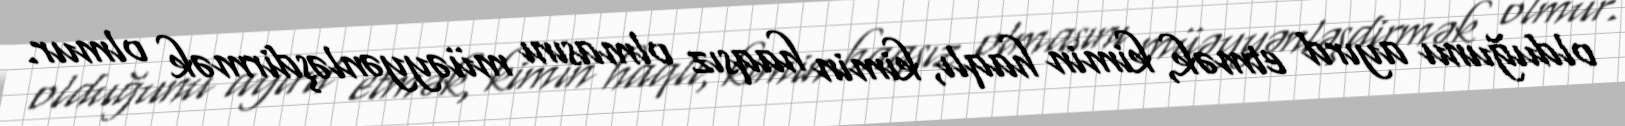
olduğunu ayırd etmək, kimin haqlı, kimin haqsız olmasını müəyyənləşdirmək olmur.